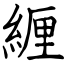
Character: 緾